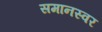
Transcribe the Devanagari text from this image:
समानस्वर